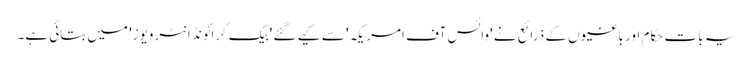
یہ بات حکام اور باغیوں کے ذرائع نے 'وائس آف امریکہ' سے کیے گئے 'بیک گرائونڈ انٹرویوز' میں بتائی ہے۔